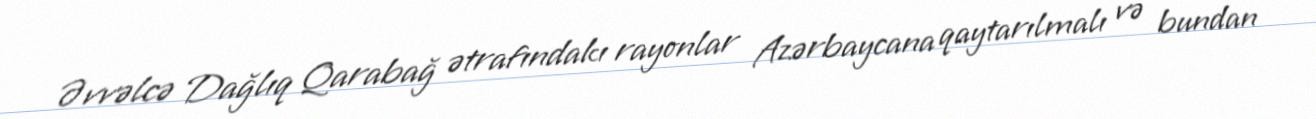
Əvvəlcə Dağlıq Qarabağ ətrafındakı rayonlar Azərbaycana qaytarılmalı və bundan